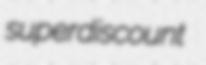
superdiscount